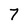
Character: 7